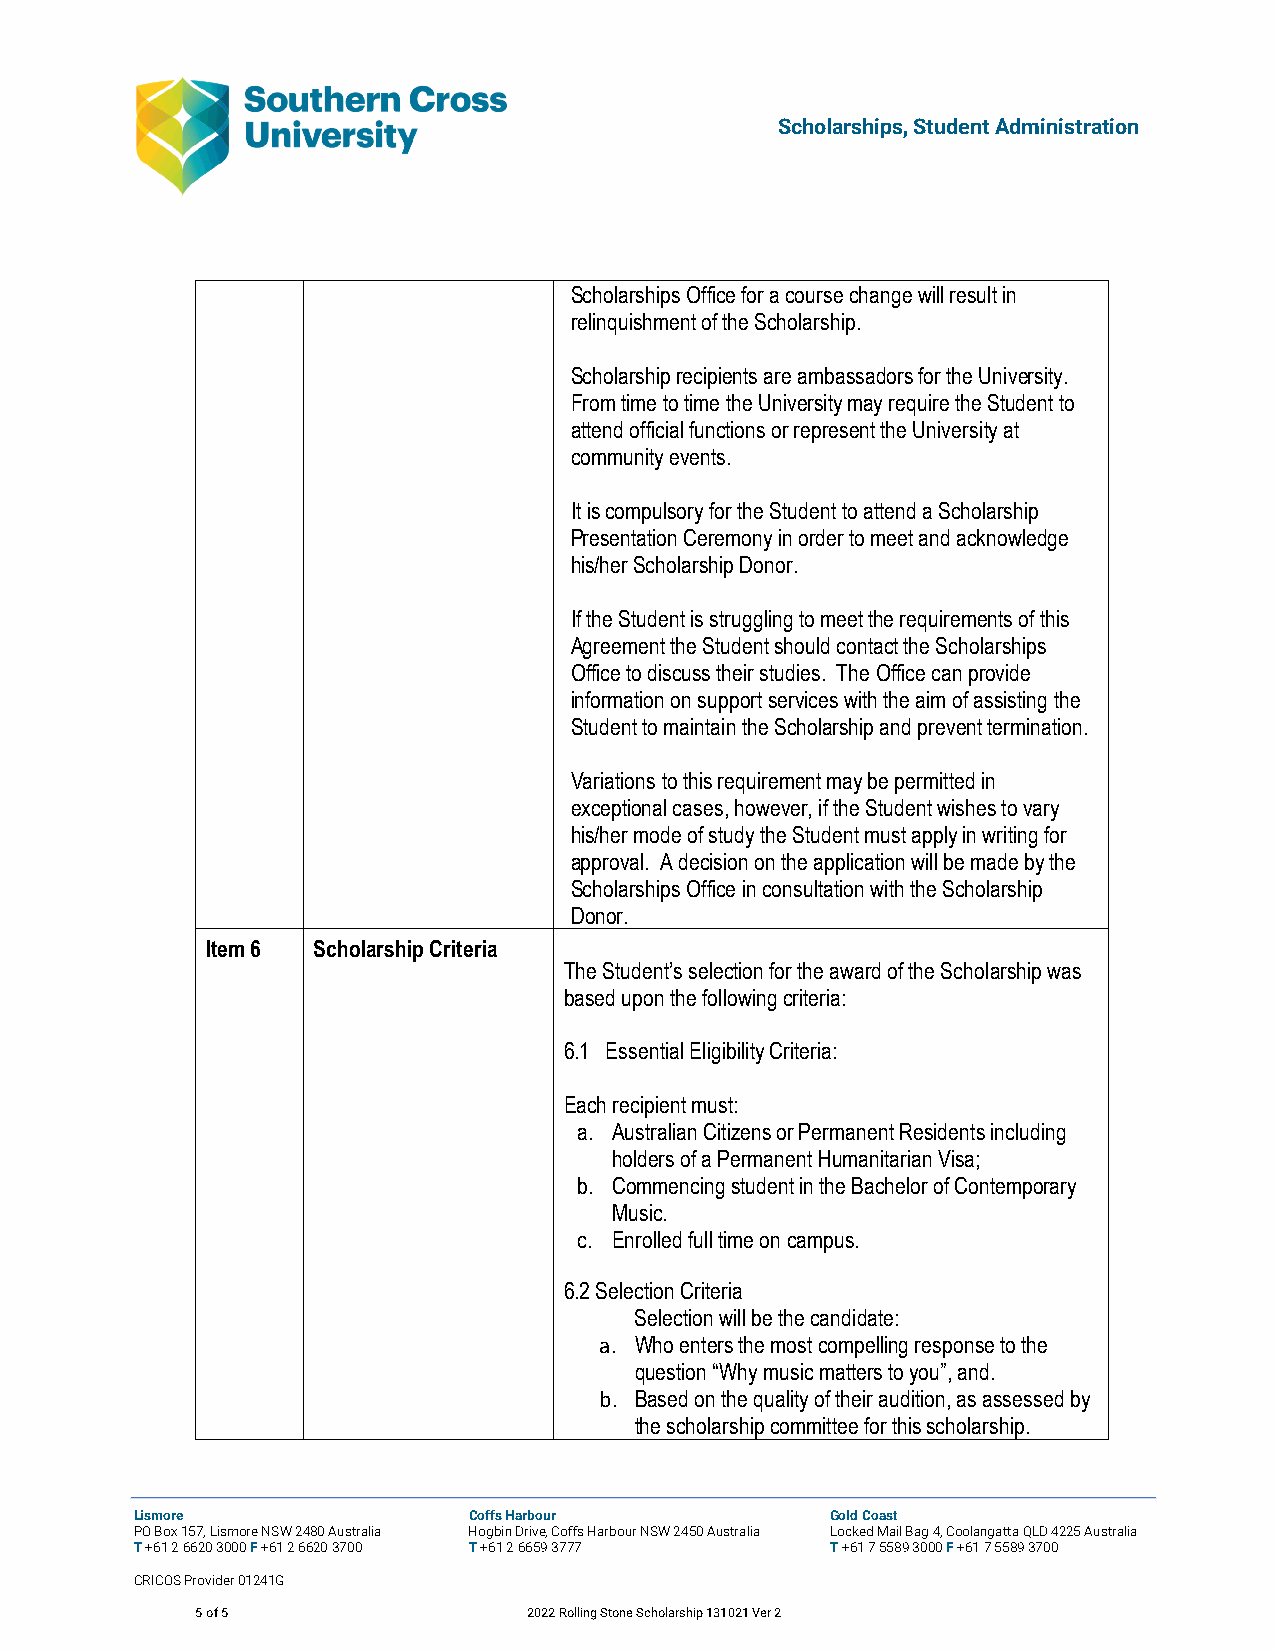
Scholarships, Student Administration
 Scholarships Office for a course change will result in
 relinquishment of the Scholarship.
 Scholarship recipients are ambassadors for the University.
 From time to time the University may require the Student to
 attend official functions or represent the University at
 community events.
 It is compulsory for the Student to attend a Scholarship
 Presentation Ceremony in order to meet and acknowledge
 his/her Scholarship Donor.
 If the Student is struggling to meet the requirements of this
 Agreement the Student should contact the Scholarships
 Office to discuss their studies. The Office can provide
 information on support services with the aim of assisting the
 Student to maintain the Scholarship and prevent termination.
 Variations to this requirement may be permitted in
 exceptional cases, however, if the Student wishes to vary
 his/her mode of study the Student must apply in writing for
 approval. A decision on the application will be made by the
 Scholarships Office in consultation with the Scholarship
 Donor.
 Item 6 Scholarship Criteria
 The Student’s selection for the award of the Scholarship was
 based upon the following criteria:
 6.1 Essential Eligibility Criteria:
 Each recipient must:
 a. Australian Citizens or Permanent Residents including
 holders of a Permanent Humanitarian Visa;
 b. Commencing student in the Bachelor of Contemporary
 Music.
 c. Enrolled full time on campus.
 6.2 Selection Criteria
 Selection will be the candidate:
 a. Who enters the most compelling response to the
 question “Why music matters to you”, and.
 b. Based on the quality of their audition, as assessed by
 the scholarship committee for this scholarship.
 Lismore               Coffs Harbour           Gold Coast
 PO Box 157, Lismore NSW 2480 Australia Hogbin Drive, Coffs Harbour NSW 2450 Australia Locked Mail Bag 4, Coolangatta QLD 4225 Australia
 T +61 2 6620 3000 F +61 2 6620 3700 T +61 2 6659 3777 T +61 7 5589 3000 F +61 7 5589 3700
 CRICOS Provider 01241G
 5 of 5                2022 Rolling Stone Scholarship 131021 Ver 2